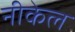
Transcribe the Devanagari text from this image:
नीकेल